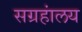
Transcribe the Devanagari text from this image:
सग्रहांलय